Scottish Leaving Certificate Examination, 1953
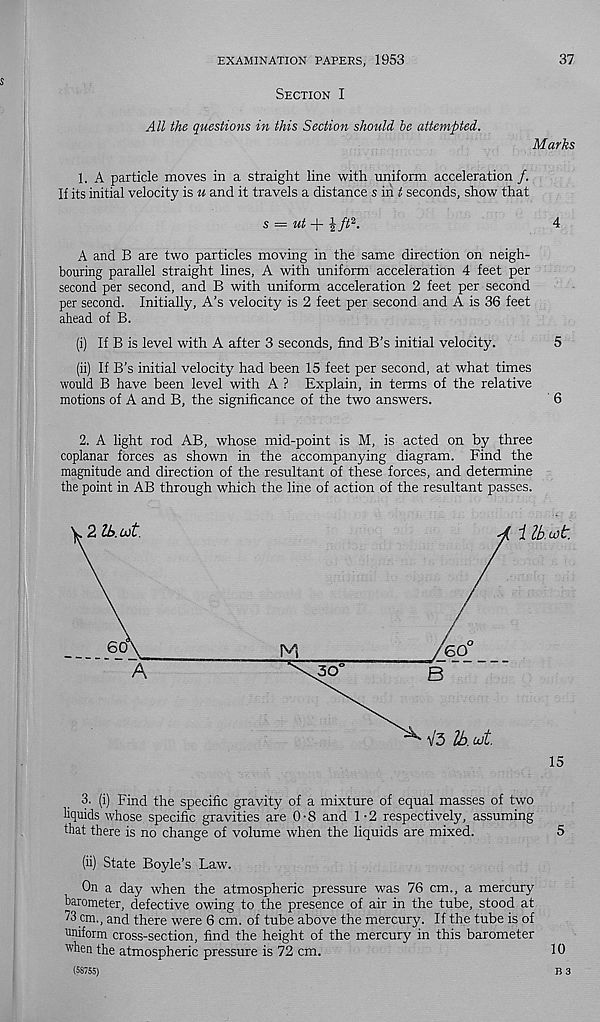
EXAMINATION PAPERS, 1953
37
Section I
All the questions in this Section should he attempted.
Marks
1. A particle moves in a straight line with uniform acceleration /.
If its initial velocity is u and it travels a distance s in £ seconds, show that
ut + |//! 2 .
4
A and B are two particles moving in the same direction on neigh-
bouring parallel straight lines, A with uniform acceleration 4 feet per
second per second, and B with uniform acceleration 2 feet per second
per second. Initially, A's velocity is 2 feet per second and A is 36 feet
ahead of B.
(i) If B is level with A after 3 seconds, find B’s initial velocity.
5
(ii) If B’s initial velocity had been 15 feet per second, at what times
would B have been level with A ? Explain, in terms of the relative
motions of A and B, the significance of the two answers.
6
2. A light rod AB, whose mid-point is M, is acted on by three
coplanar forces as shown in the accompanying diagram. Find the
magnitude and direction of the resultant of these forces, and determine
the point in AB through which the line of action of the resultant passes.
Ub.ult
15
3. (i) Find the specific gravity of a mixture of equal masses of two
liquids whose specific gravities are 0-8 and 1-2 respectively, assuming
that there is no change of volume when the liquids are mixed.
5
(ii) State Boyle’s Law.
On a day when the atmospheric pressure was 76 cm., a mercury
barometer, defective owing to the presence of air in the tube, stood at
7 3 cm., and there were 6 cm. of tube above the mercury. If the tube is of
uniform cross-section, find the height of the mercury in this barometer
when the atmospheric pressure is 72 cm.
10
(58755)
B 3